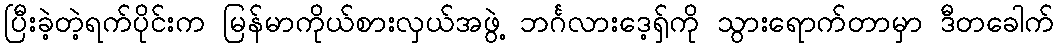
ပြီးခဲ့တဲ့ရက်ပိုင်းက မြန်မာကိုယ်စားလှယ်အဖွဲ့ ဘင်္ဂလားဒေ့ရှ်ကို သွားရောက်တာမှာ ဒီတခေါက်